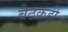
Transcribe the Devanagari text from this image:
बैठकही